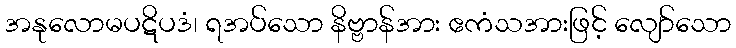
အနုလောမပဋိပဒံ၊ ရအပ်သော နိဗ္ဗာန်အား ဧကံသအားဖြင့် လျော်သော